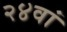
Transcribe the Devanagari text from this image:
२४वां